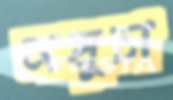
সমুচা